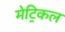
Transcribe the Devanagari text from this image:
मेट्रिकल